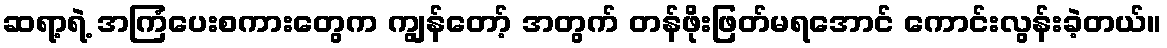
ဆရာ့ရဲ့ အကြံပေးစကားတွေက ကျွန်တော့် အတွက် တန်ဖိုးဖြတ်မရအောင် ကောင်းလွန်းခဲ့တယ်။